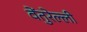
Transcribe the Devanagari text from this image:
वेंतुरेल्ली